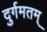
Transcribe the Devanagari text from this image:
दुर्गमतम्